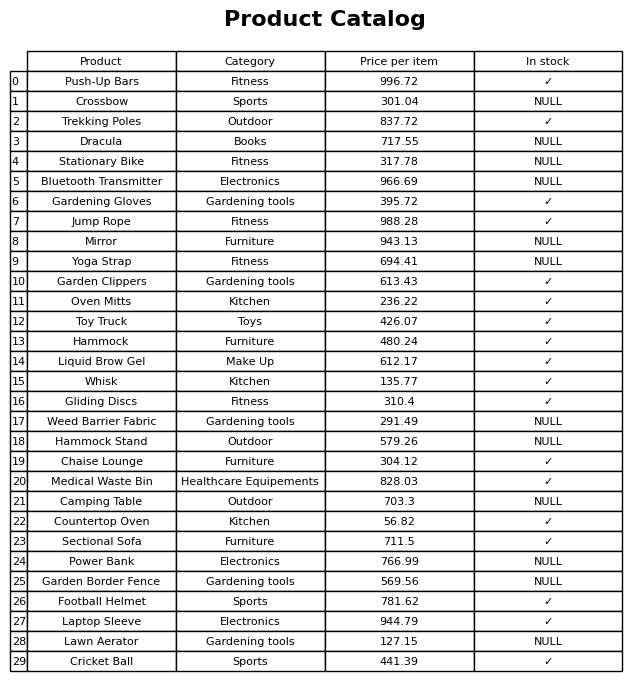
question: What is the price for Countertop Oven?
answer: The price of Countertop Oven is 56.82.